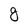
Character: g